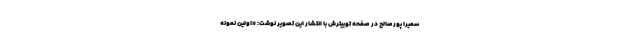
سمیرا پورصالح در صفحه توییترش با انتشار این تصویر نوشت: «اولین نمونه